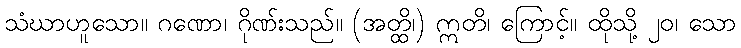
သံဃာဟူသော။ ဂဏော၊ ဂိုဏ်းသည်။ (အတ္ထိ၊) ဣတိ၊ ကြောင့်။ ထိုသို့ ၂၀၊ သော